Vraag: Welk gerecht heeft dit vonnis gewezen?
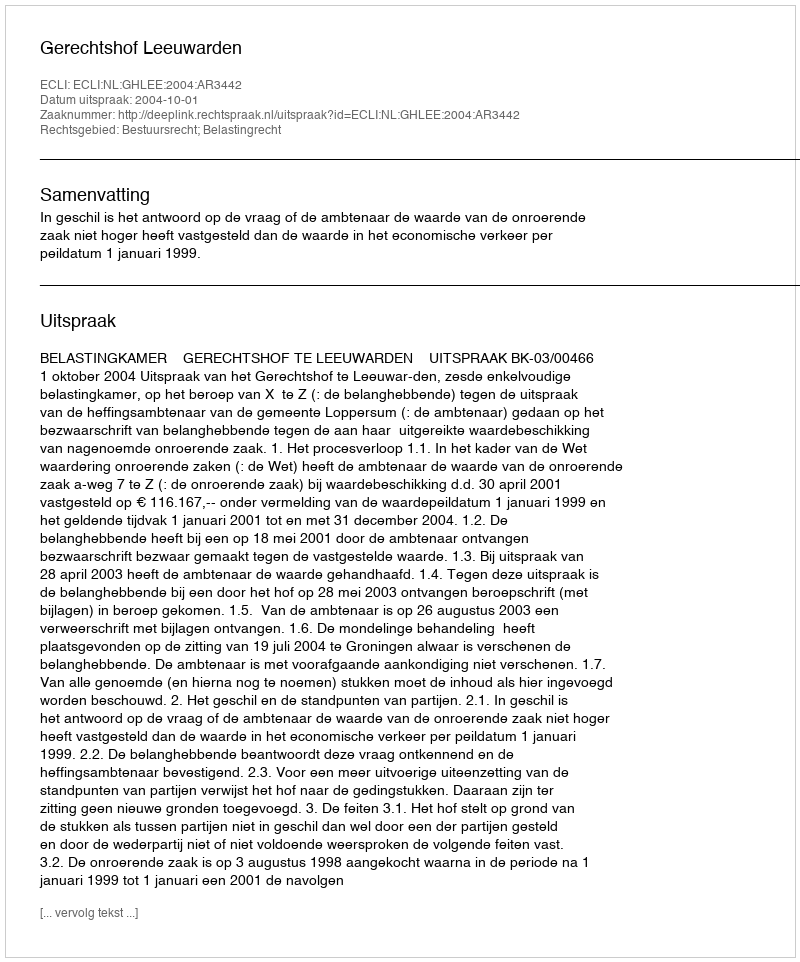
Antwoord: Gerechtshof Leeuwarden